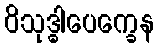
ဝိသုဒ္ဓါပေက္ခေန